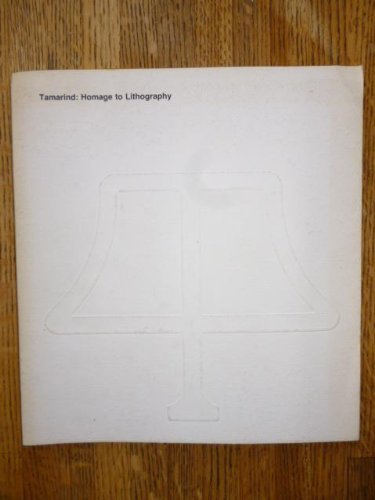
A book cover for Tamarind Homage To Lithography; Musuem of Modern Art; Arts & Photography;